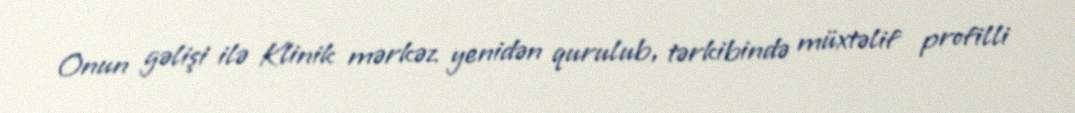
Onun gəlişi ilə Klinik mərkəz yenidən qurulub, tərkibində müxtəlif profilli